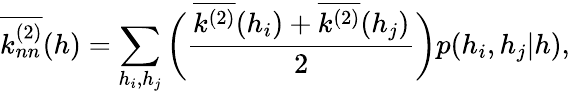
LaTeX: \overline{{k_{nn}^{(2)}}}(h)=\sum_{h_{i},h_{j}}\bigg(\frac{\overline{{k^{(2)}}}(h_{i})+\overline{{k^{(2)}}}(h_{j})}{2}\bigg)p(h_{i},h_{j}|h),